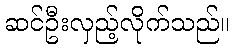
ဆင်ဦးလှည့်လိုက်သည်။